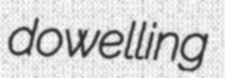
dowelling